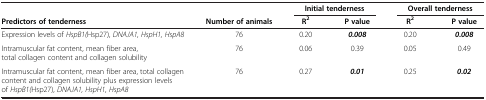
<table><thead><tr><td><b> </b></td><td><b> </b></td><td colspan="2"><b>Initial tenderness</b></td><td colspan="2"><b>Overall tenderness</b></td></tr><tr><td><b>Predictors of tenderness</b></td><td><b>Number of animals</b></td><td><b>R<sup>2</sup></b></td><td><b>P value</b></td><td><b>R<sup>2</sup></b></td><td><b>P value</b></td></tr></thead><tbody><tr><td>Expression levels of <i>HspB1(</i>Hsp27), <i>DNAJA1, HspH1, HspA8</i></td><td>76</td><td>0.20</td><td><b><i>0.008</i></b></td><td>0.20</td><td><b><i>0.008</i></b></td></tr><tr><td>Intramuscular fat content, mean fiber area, total collagen content and collagen solubility</td><td>76</td><td>0.06</td><td>0.39</td><td>0.05</td><td>0.49</td></tr><tr><td>Intramuscular fat content, mean fiber area, total collagen content and collagen solubility plus expression levels of <i>HspB1(</i>Hsp27), <i>DNAJA1, HspH1, HspA8</i></td><td>76</td><td>0.27</td><td><b><i>0.01</i></b></td><td>0.25</td><td><b><i>0.02</i></b></td></tr></tbody></table>